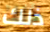
ذلك